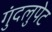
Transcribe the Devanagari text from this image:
गुंदलुपेट